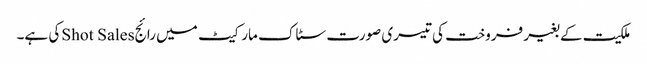
ملکیت کے بغیر فروخت کی تیسری صورت سٹاک مارکیٹ میں رائجShot Salesکی ہے۔